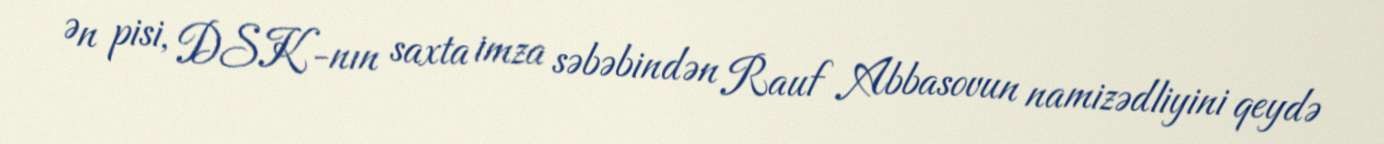
Ən pisi, DSK-nın saxta imza səbəbindən Rauf Abbasovun namizədliyini qeydə